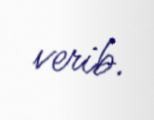
verib.